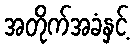
အတိုက်အခံနှင့်